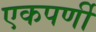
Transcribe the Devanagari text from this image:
एकपर्णी